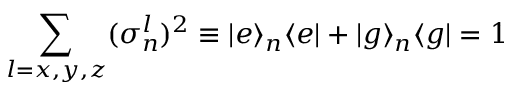
\sum _ { l = x , y , z } ( \sigma _ { n } ^ { l } ) ^ { 2 } \equiv | e \rangle _ { n } \langle e | + | g \rangle _ { n } \langle g | = 1